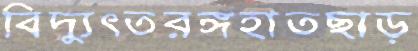
বিদ্যুৎতরঙ্গহাতছাড়